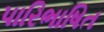
પારિભાષિત